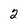
Character: 2